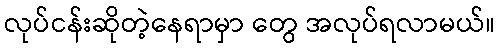
လုပ်ငန်းဆိုတဲ့နေရာမှာ တွေ အလုပ်ရလာမယ်။